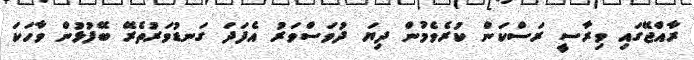
ރާއްޖޭގައި ވިރާސީ ރަސްކަން ކުރެވެމުން ދިޔަ ދުވަސްވަރު އެފަދަ ގަނޑުވަރުތެރޭ ބޭފުޅުން ވާހަކަ